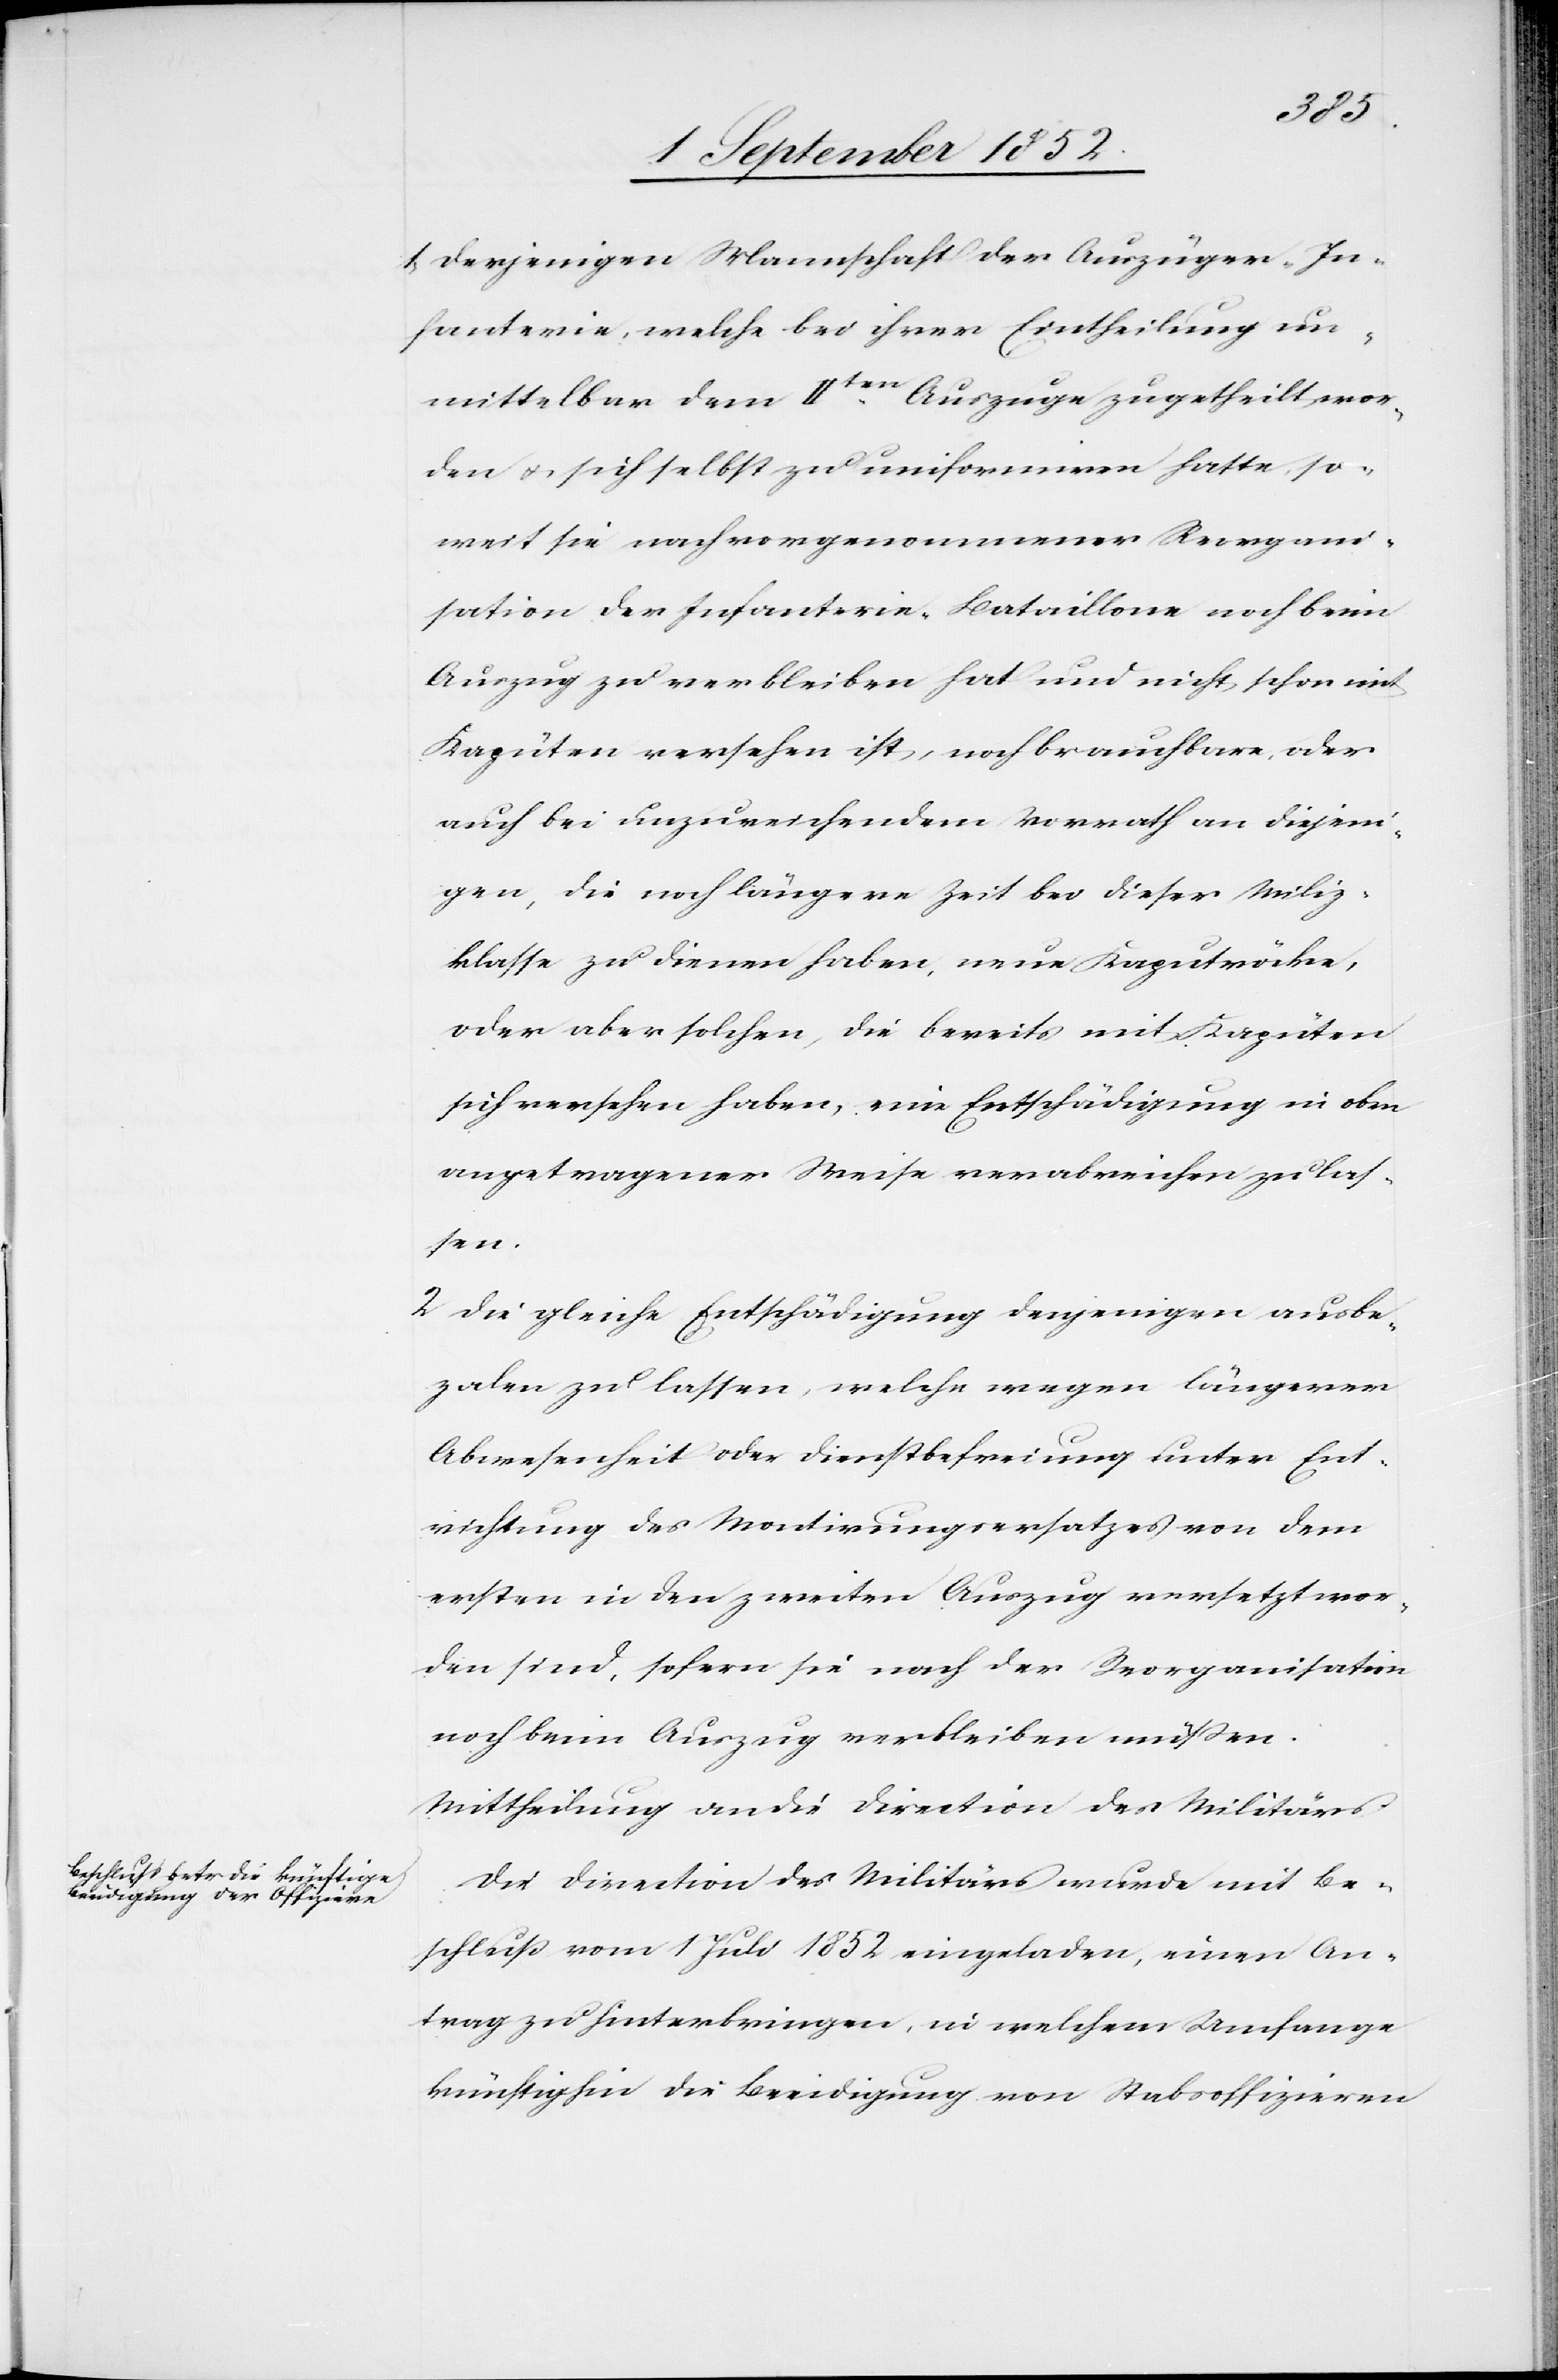
1, Derjenigen Mannschaft der Auszüger-In¬
fanterie, welche bei ihrer Eintheilung un¬
mittelbar dem IIten Auszuge zugetheilt wor¬
den & sich selbst zu uniformiren hatte, so¬
weit sie nach vorgenommener Reorgani¬
sation der Infanterie-Bataillone noch beim
Auszug zu verbleiben hat und nicht schon mit
Kapüten versehen ist, noch brauchbare, oder
auch bei unzureichendem Vorrath an diejeni¬
gen, die noch längere Zeit bei dieser Miliz¬
klasse zu dienen haben, neue Kaputröcke,
oder aber solchen, die bereits mit Kapüten
sich versehen haben, eine Entschädigung in oben
angetragener Weise verabreichen zu las¬
sen.
2 Die gleiche Entschädigung denjenigen ausbe¬
za[h]len zu lassen, welche wegen längerer
Abwesenheit oder Dienstbefreiung unter Ent¬
richtung des Montirungsersatzes von dem
ersten in den zweiten Auszug versetzt wor¬
den sind, sofern sie nach der Reorganisation
noch beim Auszug verbleiben müßen.
Mittheilung an die Direction des Militärs.
Die Direction des Militärs wurde mit Be¬
schluß vom 1 Juli 1852 eingeladen, einen An¬
trag zu hinterbringen, in welchem Umfange
künftighin die Beeidigung von Stabsoffizieren